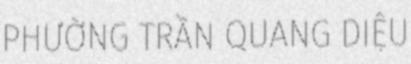
PHƯỜNG TRẦN QUANG DIỆU